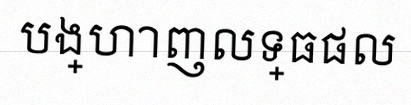
បង្ហាញលទ្ធផល